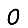
Digit: 0